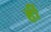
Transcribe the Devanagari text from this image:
र्ही